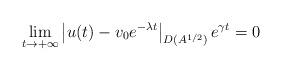
LaTeX: \begin{align*}\lim_{t\to+\infty}\left|u(t)-v_{0}e^{-\lambda t}\right|_{D(A^{1/2})}e^{\gamma t}=0\end{align*}